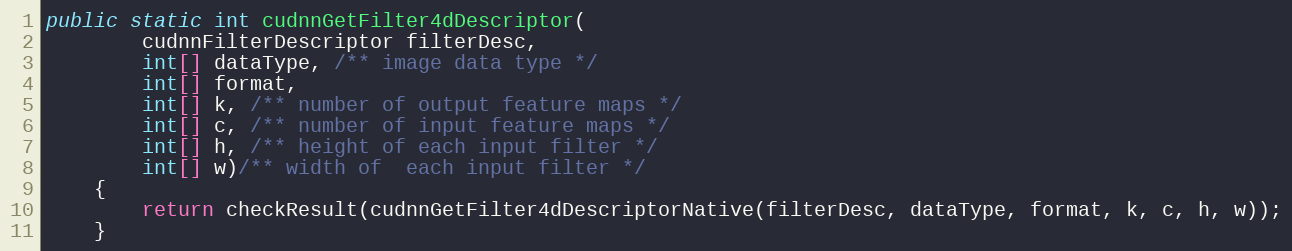
Language: Java
public static int cudnnGetFilter4dDescriptor(
        cudnnFilterDescriptor filterDesc,
        int[] dataType, /** image data type */
        int[] format,
        int[] k, /** number of output feature maps */
        int[] c, /** number of input feature maps */
        int[] h, /** height of each input filter */
        int[] w)/** width of  each input filter */
    {
        return checkResult(cudnnGetFilter4dDescriptorNative(filterDesc, dataType, format, k, c, h, w));
    }